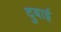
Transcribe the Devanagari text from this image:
दुबाई